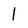
Character: l